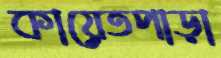
কায়েতপাড়া